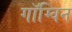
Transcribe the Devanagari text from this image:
गॉग्विन